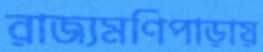
রাজ্যমণিপাড়ায়